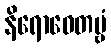
နိရောဓေတဗ္ဗံ